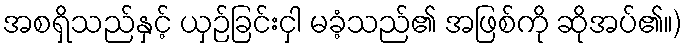
အစရှိသည်နှင့် ယှဉ်ခြင်းငှါ မခံ့သည်၏ အဖြစ်ကို ဆိုအပ်၏။)